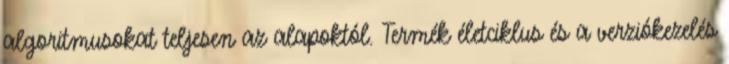
algoritmusokat teljesen az alapoktól. Termék életciklus és a verziókezelés